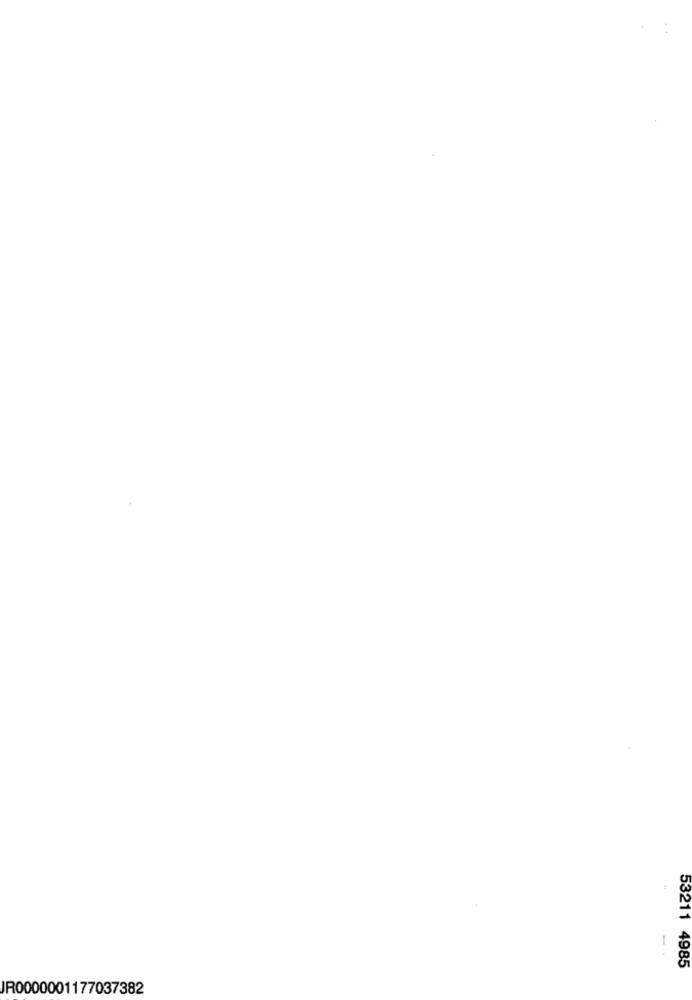
53211 4985
JR0000001177037382